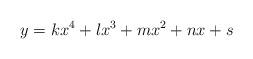
LaTeX: \begin{align*}y=kx^4+lx^3+mx^2+nx+s\end{align*}